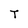
Character: T